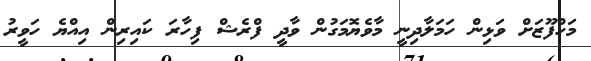
މަހްފޫޒަށް ވަޅިން ހަމަލާދިނީ މާވެޔޮމަގުން ވާދީ ފްރެޝް ފިހާރަ ކައިރިން އިއްޔެ ހަވީރު